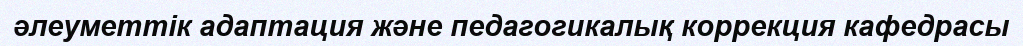
әлеуметтік адаптация және педагогикалық коррекция кафедрасы